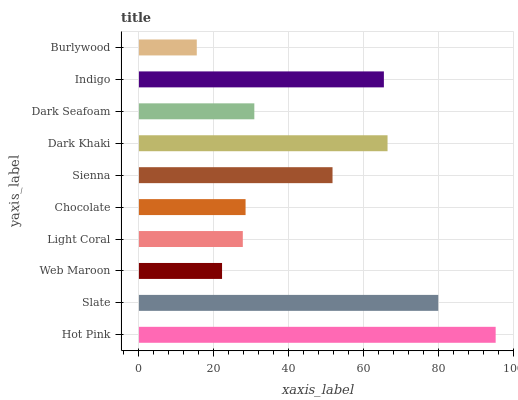
| yaxis_label | bars |
 | --- | --- |
 | Hot Pink | 95.2 |
 | Slate | 79.9 |
 | Web Maroon | 22.2 |
 | Light Coral | 27.7 |
 | Chocolate | 28.5 |
 | Sienna | 51.7 |
 | Dark Khaki | 66.4 |
 | Dark Seafoam | 30.8 |
 | Indigo | 65.4 |
 | Burlywood | 15.4 |